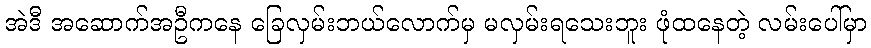
အဲဒီ အဆောက်အဦကနေ ခြေလှမ်းဘယ်လောက်မှ မလှမ်းရသေးဘူး ဖုံထနေတဲ့ လမ်းပေါ်မှာ